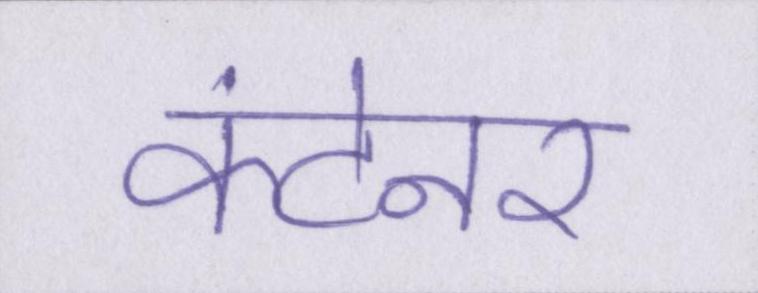
कंटेनर